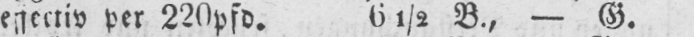
efftectiv per 220pfd. 61/2 B., - G.